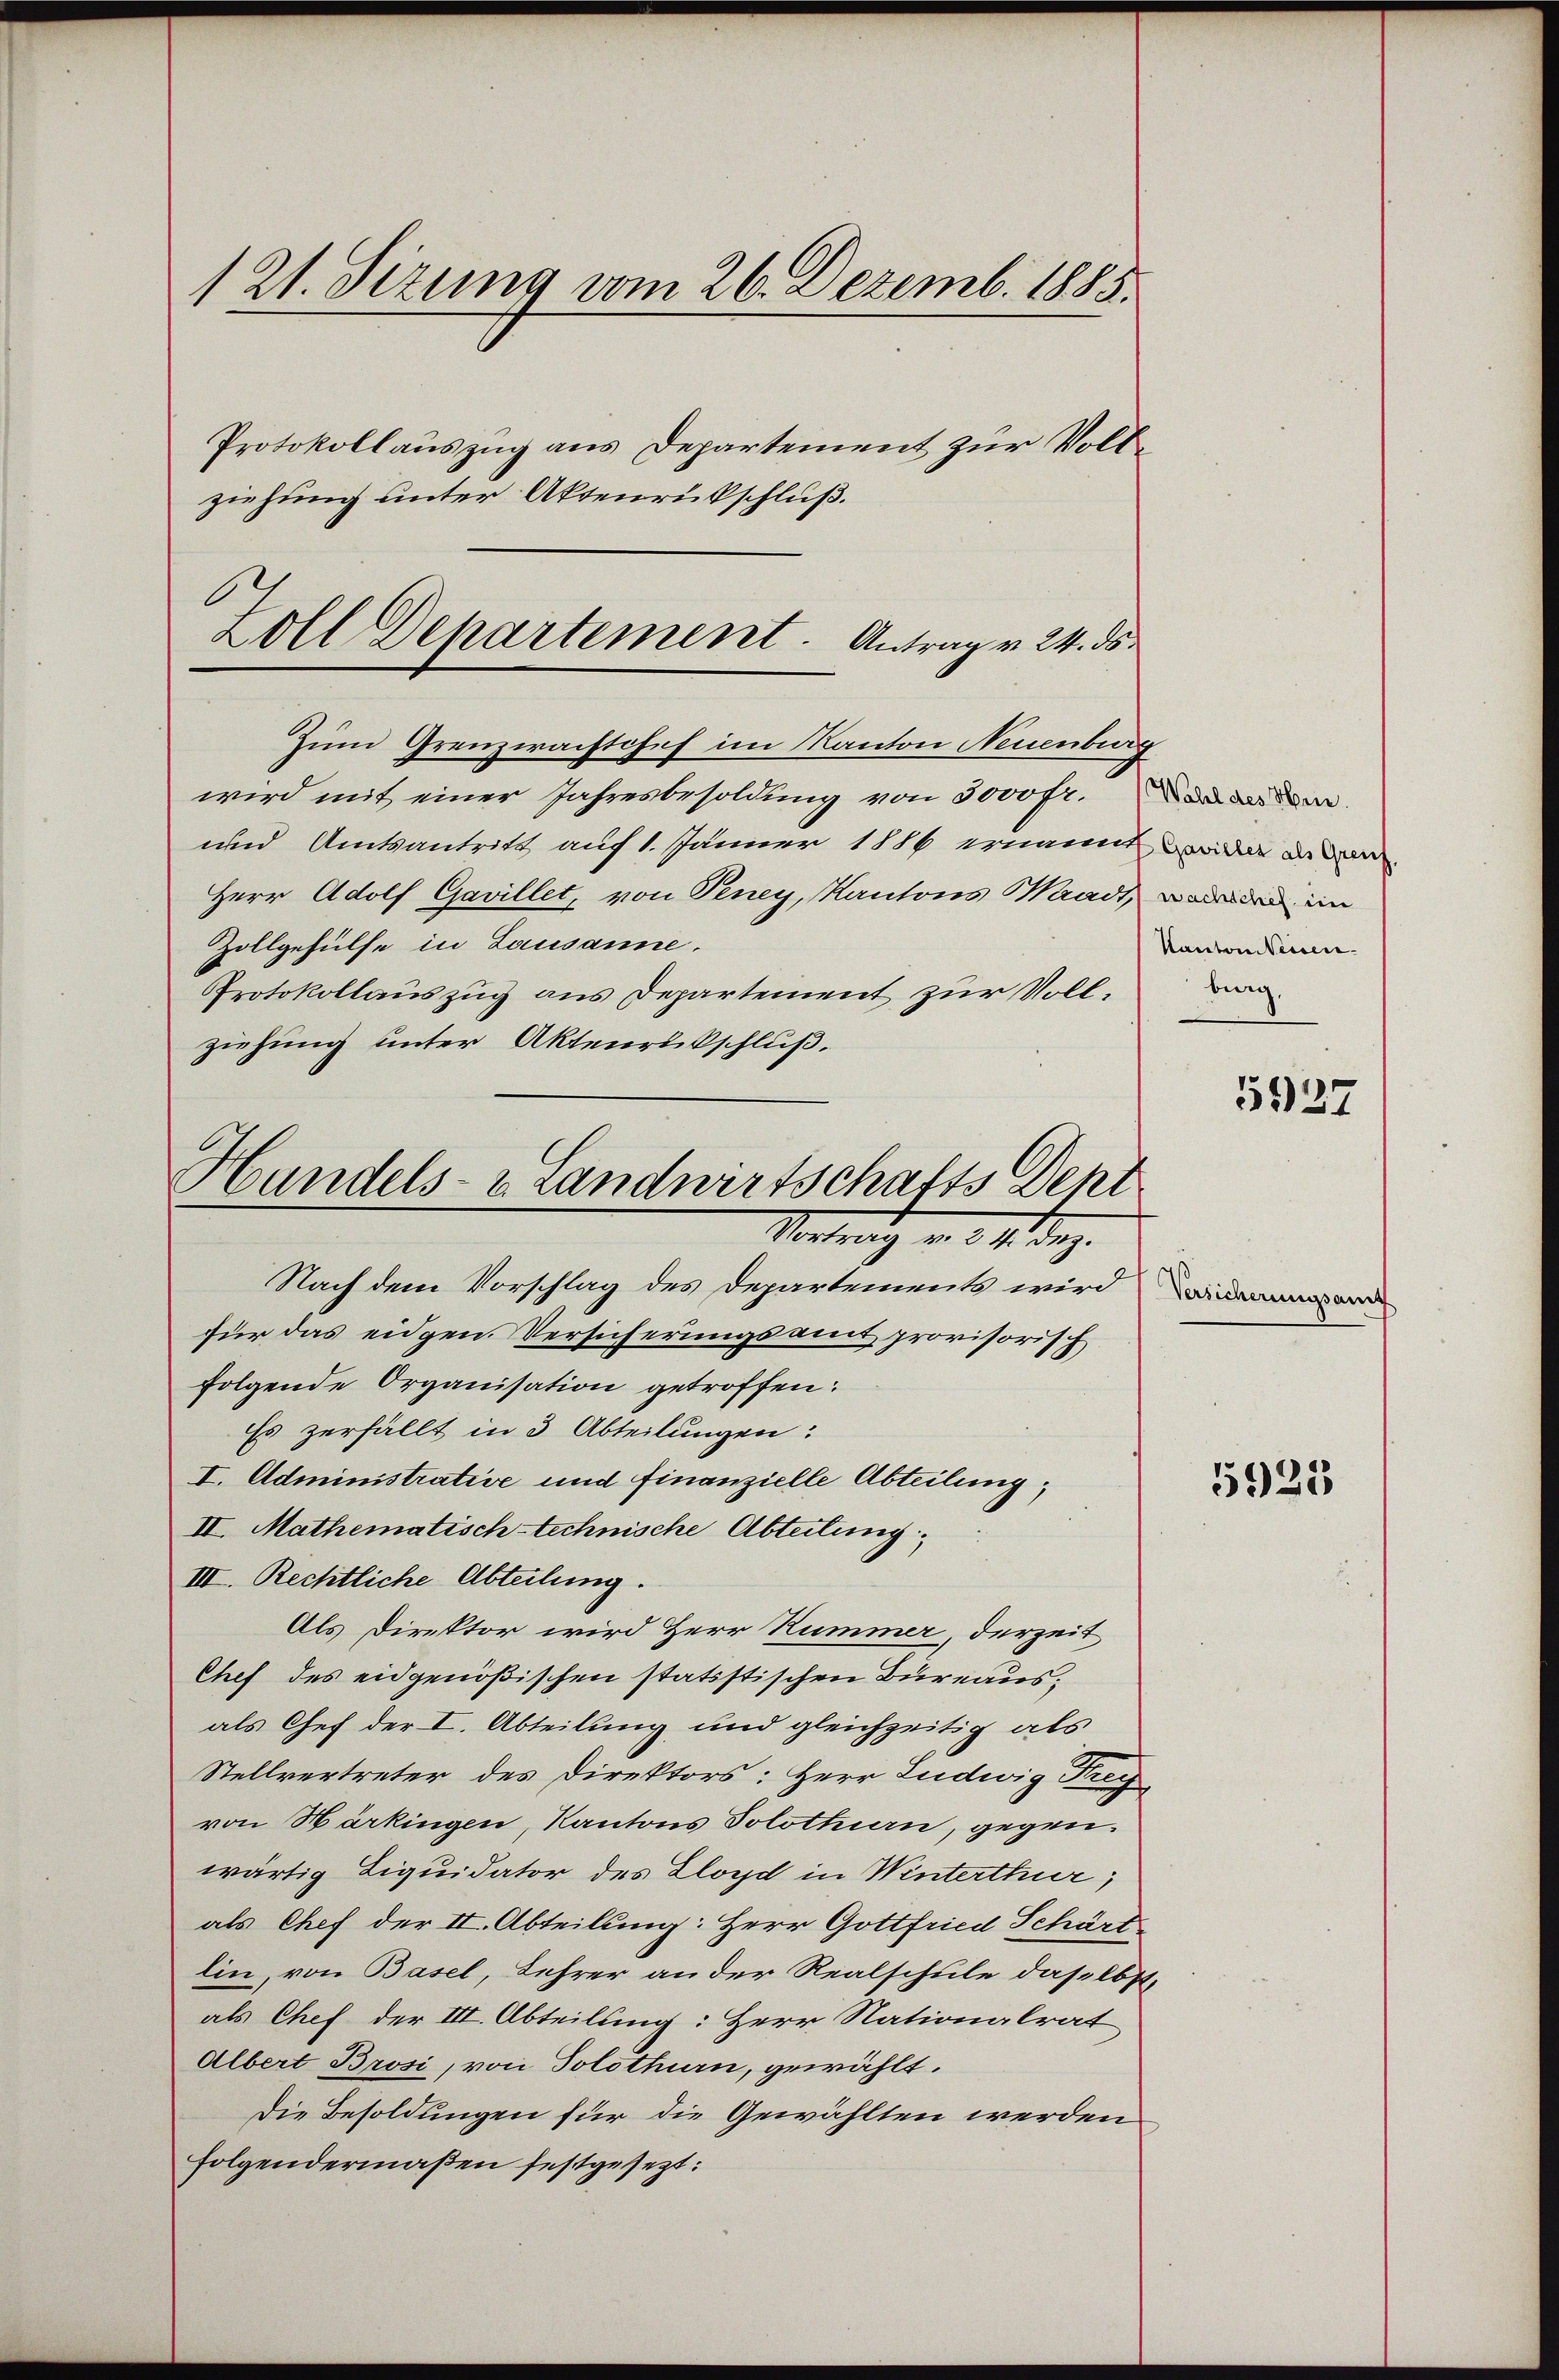
121. Sizung vom 26. Dezemb. 1885.
Protokollauszug aus Departement zur Vollziehung unter Aktenrückschluß.

Zoll Departement. Antrag v. 24. ds.

Zum Grenzerachtchef im Kanton Neuenburg
wird mit einer Jahresbesoldung von 3000 fr. da der der
und Amtsantritt auf 1. Jänner 1886 ernannt wider da
Herr Adolf Gavillet, von Seney, Kantons Waadt, worden im
Zollgehülfe in Lausanne.
Protokollauszug aus Departement zur Vollziehung unter Aktenrückschluß.

Handels- & Landwirtschafts Dent
Vortrag v. 31. Dez.

Kanton Weisen.
berg.

Nach dem Vorschlag des Departements wird in de
für das eidgen. Versicherungsamt provisorisch
folgende Organisation getroffen.
Es zerfällt in 3 Abteilungen:
I. Administrative und finanzielle Abteilung,
II. Mathematisch-technische Abteilung;
III. Rechtliche Abteilung.
Als Direktor wird Herr Kummer, derzeit
Chef des eidgenößischen statistischen Bureausals Chef der I. Abteilung und gleichzeitig als
Stellvertreter des Direktors: Herr Ludwig Frey
von Härkingen, Kantons Solothuen, gegen.
wärtig Liquidator des Lloyd in Winterthur,
als Chef der II. Abteilung: Herr Gottfried Schärt
lin, von Basel, Lehrer an der Realschule daselbst,
als Chef der III. Abteilung: Herr Nationalrat
Albert Brosi, von Solothurn, gewählt.
Die Besoldungen für die Gewählten werden
folgendermaßen festgesezt:

5927

5925